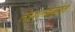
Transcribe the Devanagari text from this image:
तंत्रशास्त्रप्रणेते